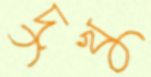
দুখু